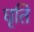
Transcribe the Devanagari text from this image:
घृति